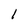
Character: l